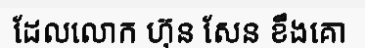
ដែលលោក ហ៊ុន សែន ខឹងគោ